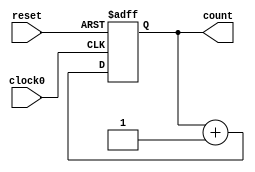
/////////////////////////////////////////
//  Functionality: 16 bit negedge triggered up counter 
////////////////////////////////////////

module counterup16_1clk_negedge_async_resetn(clock0, reset, count);

	input clock0, reset;
	output [15:0] count;
	reg [15:0] count;                                   
	


	always @ (negedge clock0 or negedge reset) begin
		if (reset == 1'b0) begin
			count <= 0;
		end 
		else begin
			count <= count + 1;
		end
	end

endmodule